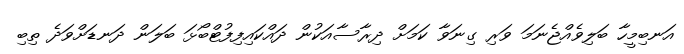
އަނބިމީހާ ބަލިވެއްޖެނަމަ ވަރި ގިނަވާ ކަމަށް ދިރާސާއަކުން ދައްކައިފިފުޓްބޯޅަ ބަލަން ދަނޑަށްވަދެ ތިބި